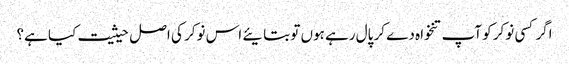
اگر کسی نوکر کو آپ تنخواہ دے کر پال رہے ہوں تو بتایئے اس نوکر کی اصل حیثیت کیا ہے؟